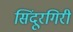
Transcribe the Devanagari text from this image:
सिंदूरगिरी